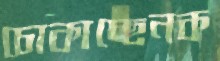
চোকাচ্ছেনক